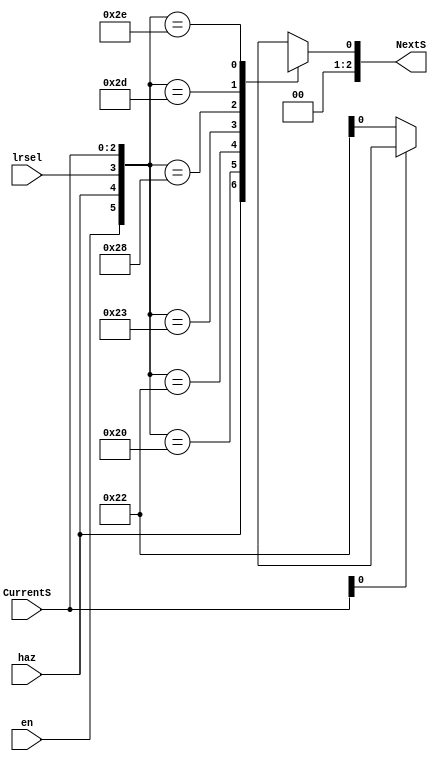
module nsl(
    input en,
    input haz,
    input lrsel,
    input [2:0] CurrentS,
    output reg [2:0] NextS
);

always @(en, lrsel, haz, CurrentS)
    begin
        casex ({en, haz, lrsel, CurrentS})
            6'b00xxxx: NextS = lab3.Idle;
            6'bx1xxxx: NextS = CurrentS[0] ? lab3.Idle : lab3.Hazard;
				6'b100000: NextS = lab3.Left1;
            6'b100010: NextS = lab3.Left2;
            6'b100011: NextS = lab3.Left3;
            6'b100100: NextS = lab3.Idle;
				6'b101000: NextS = lab3.Right1;
            6'b101101: NextS = lab3.Right2;
            6'b101110: NextS = lab3.Right3;
            6'b101111: NextS = lab3.Idle;
            default: NextS = lab3.Idle;
        endcase
    end

endmodule